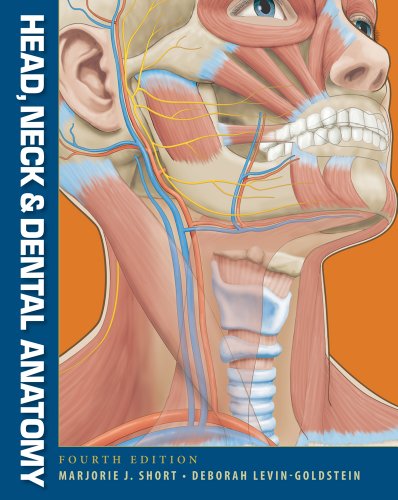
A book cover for Head, Neck and Dental Anatomy; Marjorie J. Short; Medical Books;